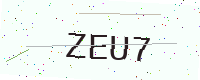
Text: ZEU7